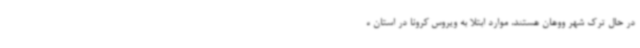
در حال ترک شهر ووهان هستند، موارد ابتلا به ویروس کرونا در استان ه